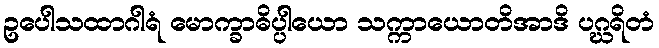
ဥပေါသထာဂါရံ မောက္ခာဓိပ္ပါယော သက္ကာယောတိအာဒိ ပဂ္ဃရိတံ